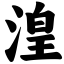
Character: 湟